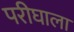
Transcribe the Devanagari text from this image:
परीघाला